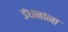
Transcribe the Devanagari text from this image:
इंधनांना